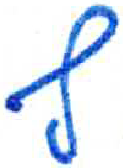
אות: ף